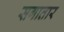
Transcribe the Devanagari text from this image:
सगातार